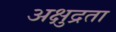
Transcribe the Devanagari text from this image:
अक्षुद्रता